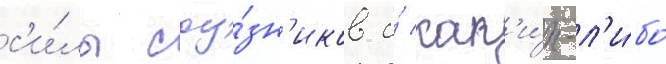
с'и́лы соу́зн'иков и́ как'и́х-л'и́бо